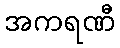
အကရဏီ